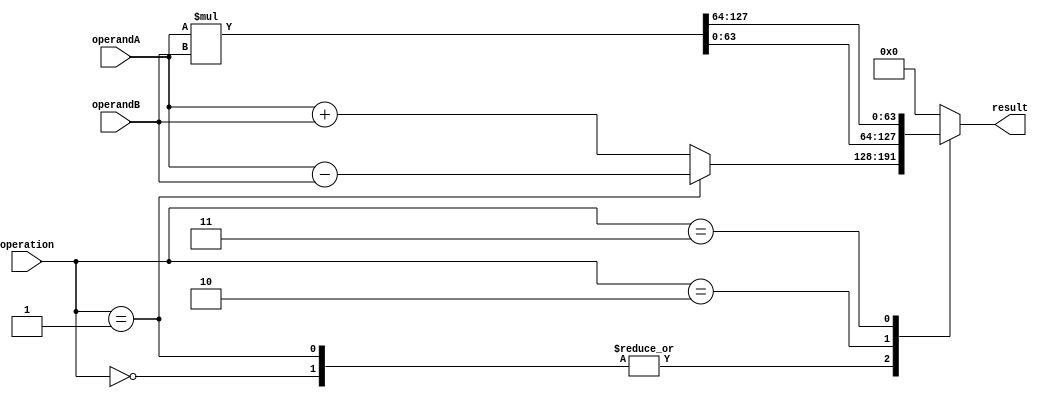
module ExtendedFloatingPointUnit (
    input wire [63:0] operandA,
    input wire [63:0] operandB,
    input wire [2:0] operation,
    output reg [63:0] result
);

// Adder block
reg [63:0] sum;
always @* begin
    case(operation)
        3'b000: sum = operandA + operandB; // Addition
        3'b001: sum = operandA - operandB; // Subtraction
        3'b010: sum = operandA * operandB; // Multiplication
        3'b011: sum = operandA / operandB; // Division
        // Add more operations as needed
        
        default: sum = 64'hxxxxxxxxxxxxxxxx; // Error case
    endcase
end

// Multiplier block
reg [127:0] product;
always @* begin
    product = operandA * operandB;
end

// Shifter block
reg [63:0] shiftedResult;
always @* begin
    shiftedResult = operandA << 2; // Example shift operation
end

// Comparator block
wire compResult;
assign compResult = (operandA > operandB) ? 1'b1 : 1'b0;

always @* begin
    case(operation)
        3'b000: result = sum; // Assign sum as result
        3'b001: result = sum; // Assign sum as result
        3'b010: result = product[63:0]; // Assign lower 64 bits of product as result
        3'b011: result = product[127:64]; // Assign upper 64 bits of product as result
        // Add more operations as needed
        
        default: result = 64'h0000000000000000; // Assign default value as result
    endcase
end

endmodule